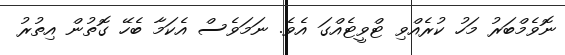
ނޮވެމްބަރު މަހު ކުރެއްވި ޓްވީޓެއްގަ އެވެ. ނަމަވެސް އެކަމާ ބެހޭ ގޮތުން އިތުރު